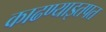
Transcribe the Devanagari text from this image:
काढण्याइतपत